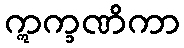
ဣက္ခဏိကာ